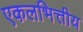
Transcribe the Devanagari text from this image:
एकलभित्तीय